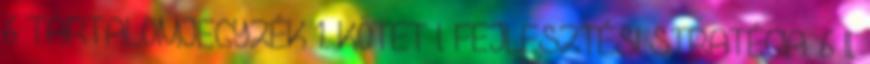
6 TARTALOMJEGYZÉK 1. KÖTET I. FEJLESZTÉSI STRATÉGIA. 6 II.